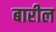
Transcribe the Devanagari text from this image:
बारील